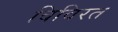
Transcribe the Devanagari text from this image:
विविरत